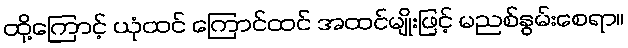
ထို့ကြောင့် ယုံထင် ကြောင်ထင် အထင်မျိုးဖြင့် မညစ်နွမ်းစေရာ။